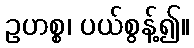
ဥဟစ္စ၊ ပယ်စွန့်၍။